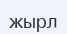
жырл